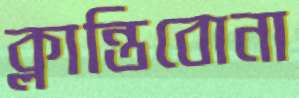
ক্লান্তিবোনা